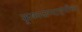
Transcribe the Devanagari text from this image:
कृष्णजन्माष्टमीच्या